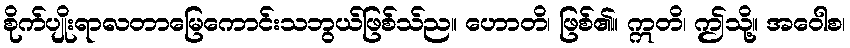
စိုက်ပျိုးရာလတာမြေကောင်းသဘွယ်ဖြစ်သ်ည။ ဟောတိ၊ ဖြစ်၏။ ဣတိ၊ ဤသို့။ အဝေါစ၊